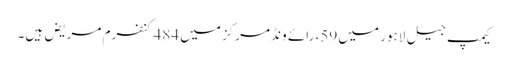
کیمپ جیل لاہور میں 59، رائے ونڈ مرکز میں 484کنفرم مریض ہیں۔